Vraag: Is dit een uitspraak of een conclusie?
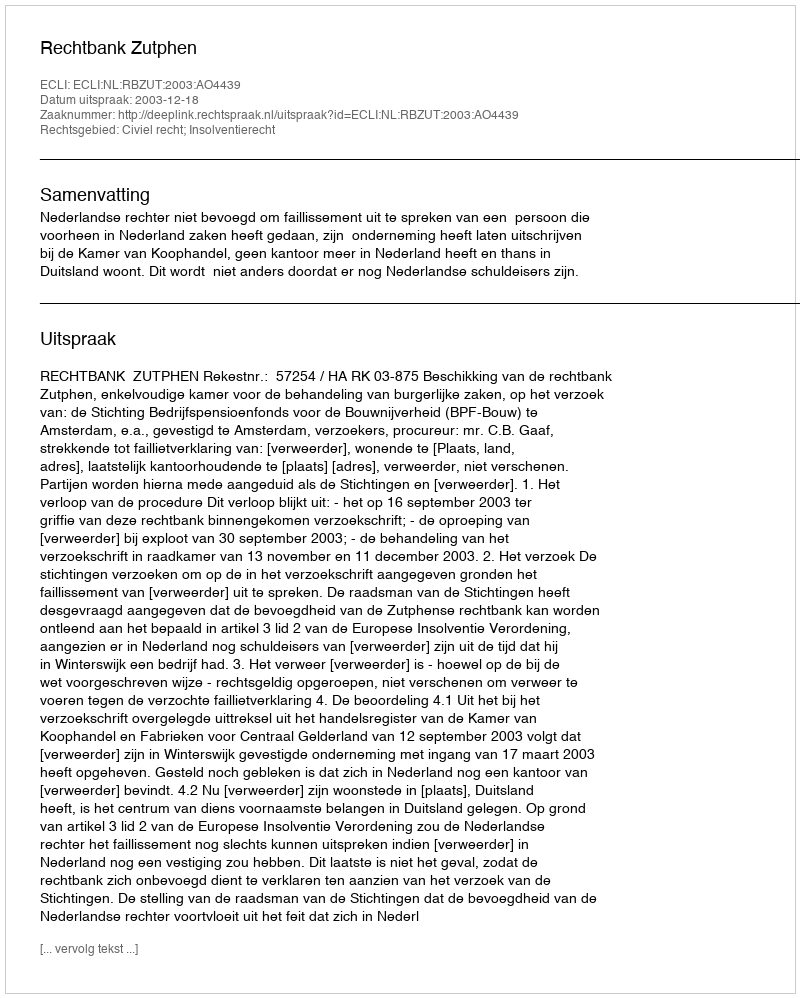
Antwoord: Uitspraak